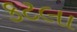
કટલા